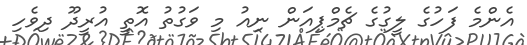
އެންމެ ފަހުގެ ލީގުގެ ޗެމްޕިއަން ނިއު މި ވަގުތު އޮތީ އުރީދޫ ދިވެހި